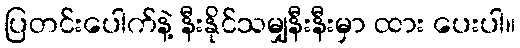
ပြတင်းပေါက်နဲ့ နီးနိုင်သမျှနီးနီးမှာ ထား ပေးပါ။